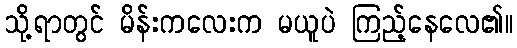
သို့ရာတွင် မိန်းကလေးက မယူပဲ ကြည့်နေလေ၏။